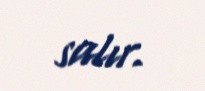
salır.